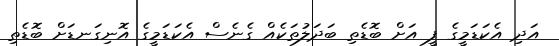
އަދި އެކަޑަމީގެ ފީ އަށް ބޮޑެތި ބަދަލުތަކެއް ގެނެސް އެކަޑަމީގެ އޮނިގަނޑަށް ބޮޑެތި